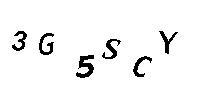
3G5SCY